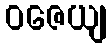
ဝဇေယျ